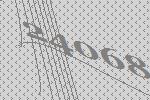
24068